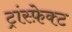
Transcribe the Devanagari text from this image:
ट्रांस्फ़ेक्ट